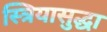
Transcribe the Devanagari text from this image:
स्त्रियासुद्धा